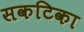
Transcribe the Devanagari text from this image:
सकटिका